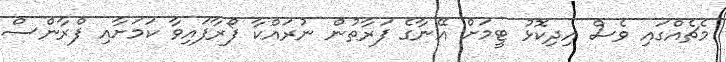
މެޗެއްގައި ވެސް އިދިކޮޅު ޓީމަށް އޭނާގެ ފަރާތުން ނުރައްކާ ފޯރާފައިވާ ކަމަށާއި ފްރާންސް